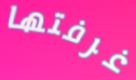
غرفتها